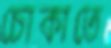
চোকাতে